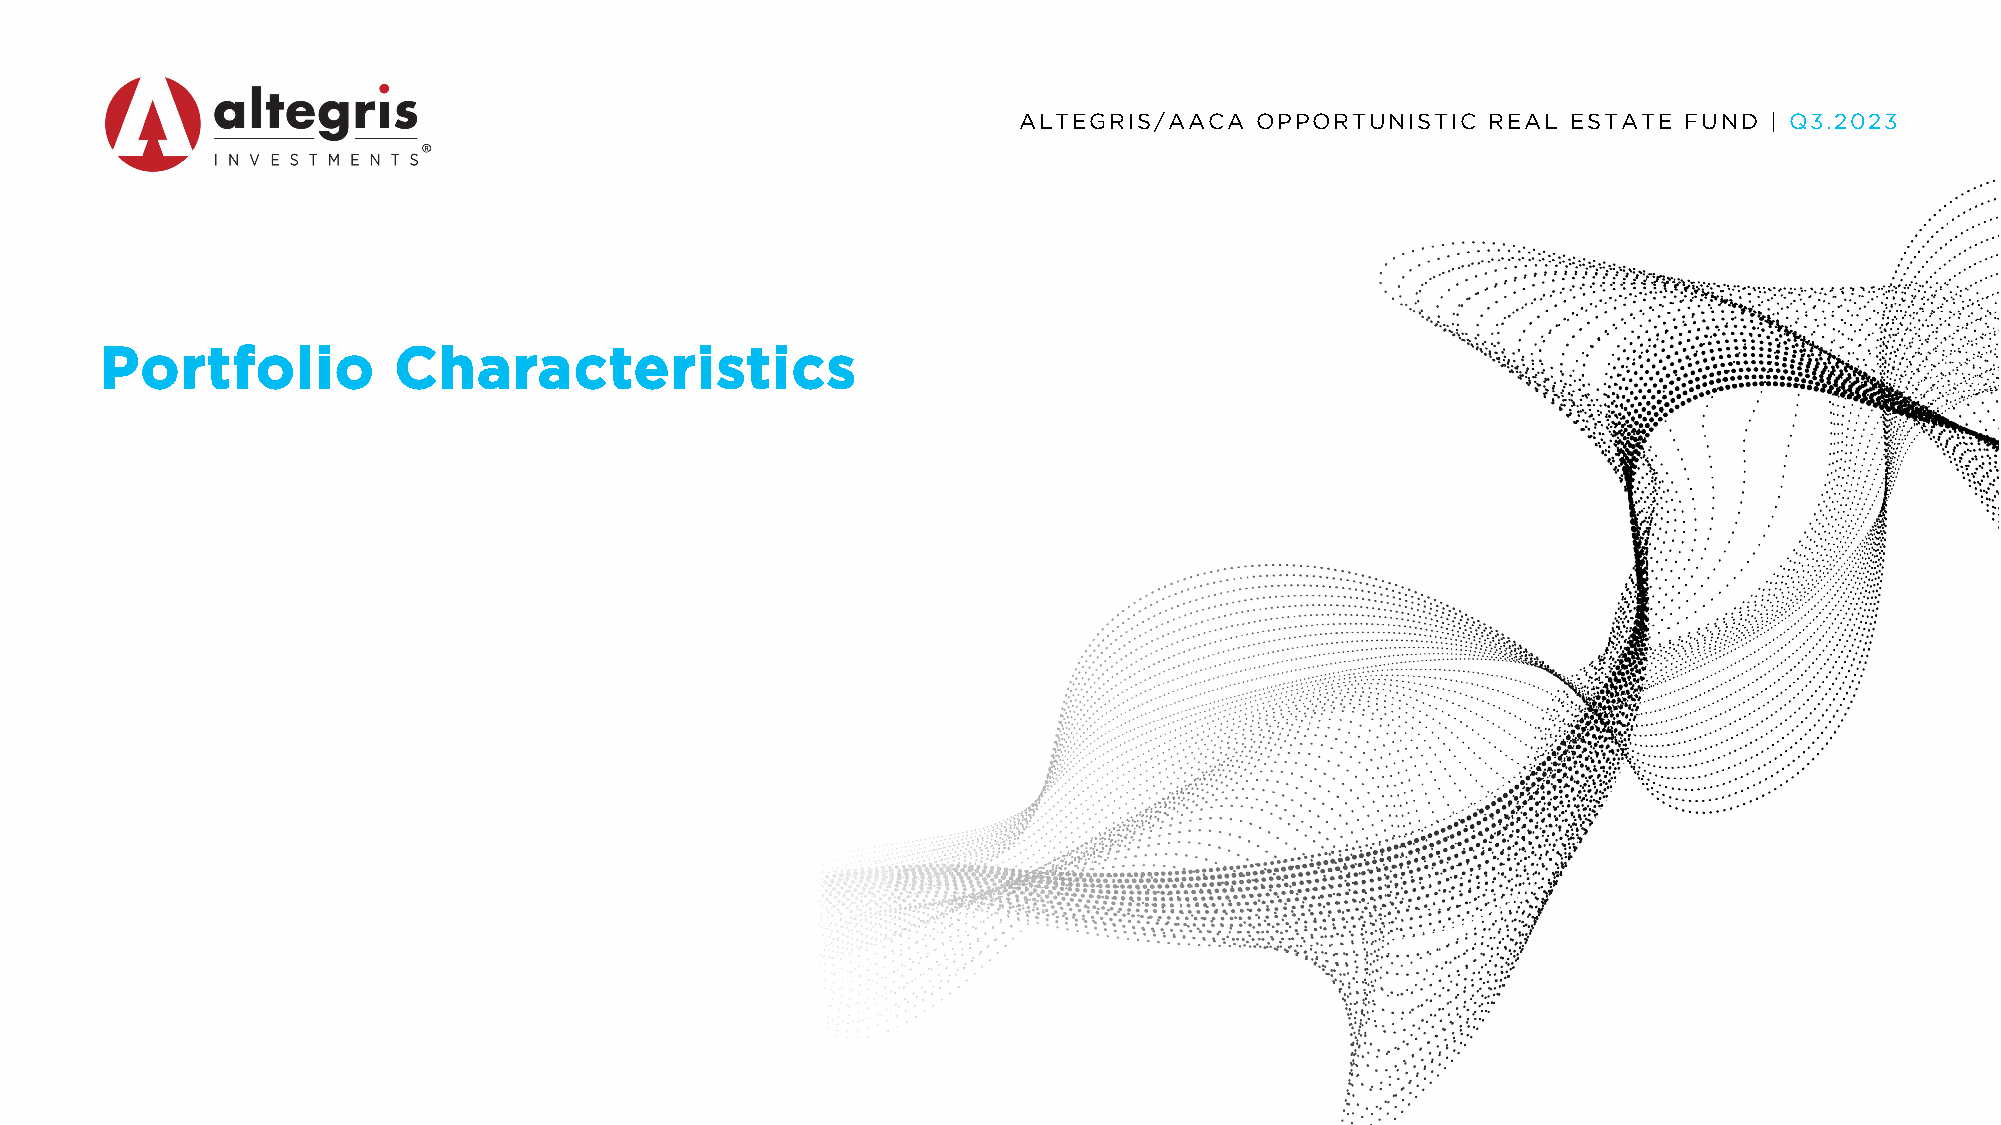
ALTEGRIS/AACA   OPPORTUNISTIC  REAL  ESTATE FUND  | Q3.2023
 Portfolio          Characteristics